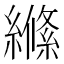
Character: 𮉎